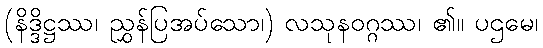
(နိဒ္ဒိဋ္ဌဿ၊ ညွှန်ပြအပ်သော၊) လသုနဝဂ္ဂဿ၊ ၏။ ပဌမေ၊